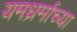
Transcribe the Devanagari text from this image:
यमध्रर्माच्या